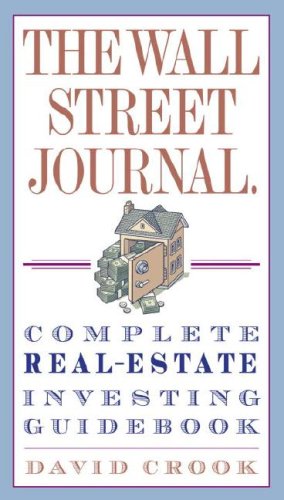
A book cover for The Wall Street Journal. Complete Real-Estate Investing Guidebook; David Crook; Business & Money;